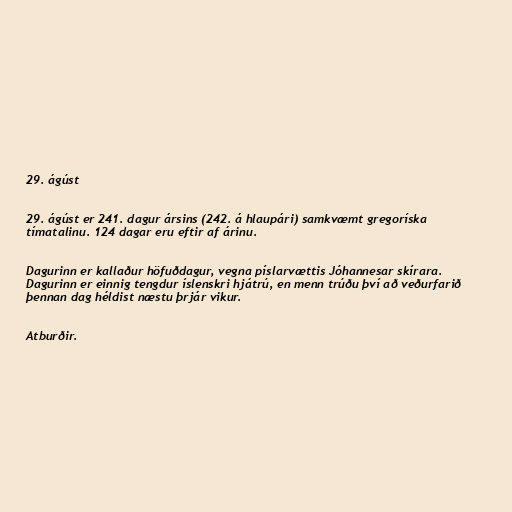
29. ágúst

29. ágúst er 241. dagur ársins (242. á hlaupári) samkvæmt gregoríska
tímatalinu. 124 dagar eru eftir af árinu.

Dagurinn er kallaður höfuðdagur, vegna píslarvættis Jóhannesar skírara.
Dagurinn er einnig tengdur íslenskri hjátrú, en menn trúðu því að veðurfarið
þennan dag héldist næstu þrjár vikur.

Atburðir.